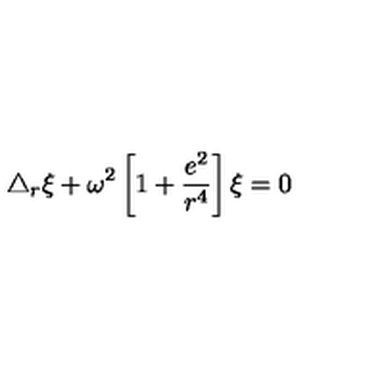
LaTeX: \triangle _ { r } \xi + \omega ^ { 2 } \left[ 1 + \frac { e ^ { 2 } } { r ^ { 4 } } \right] \xi = 0